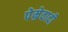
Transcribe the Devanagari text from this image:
पेम्रेवादी